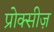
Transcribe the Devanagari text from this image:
प्रोक्सीज़